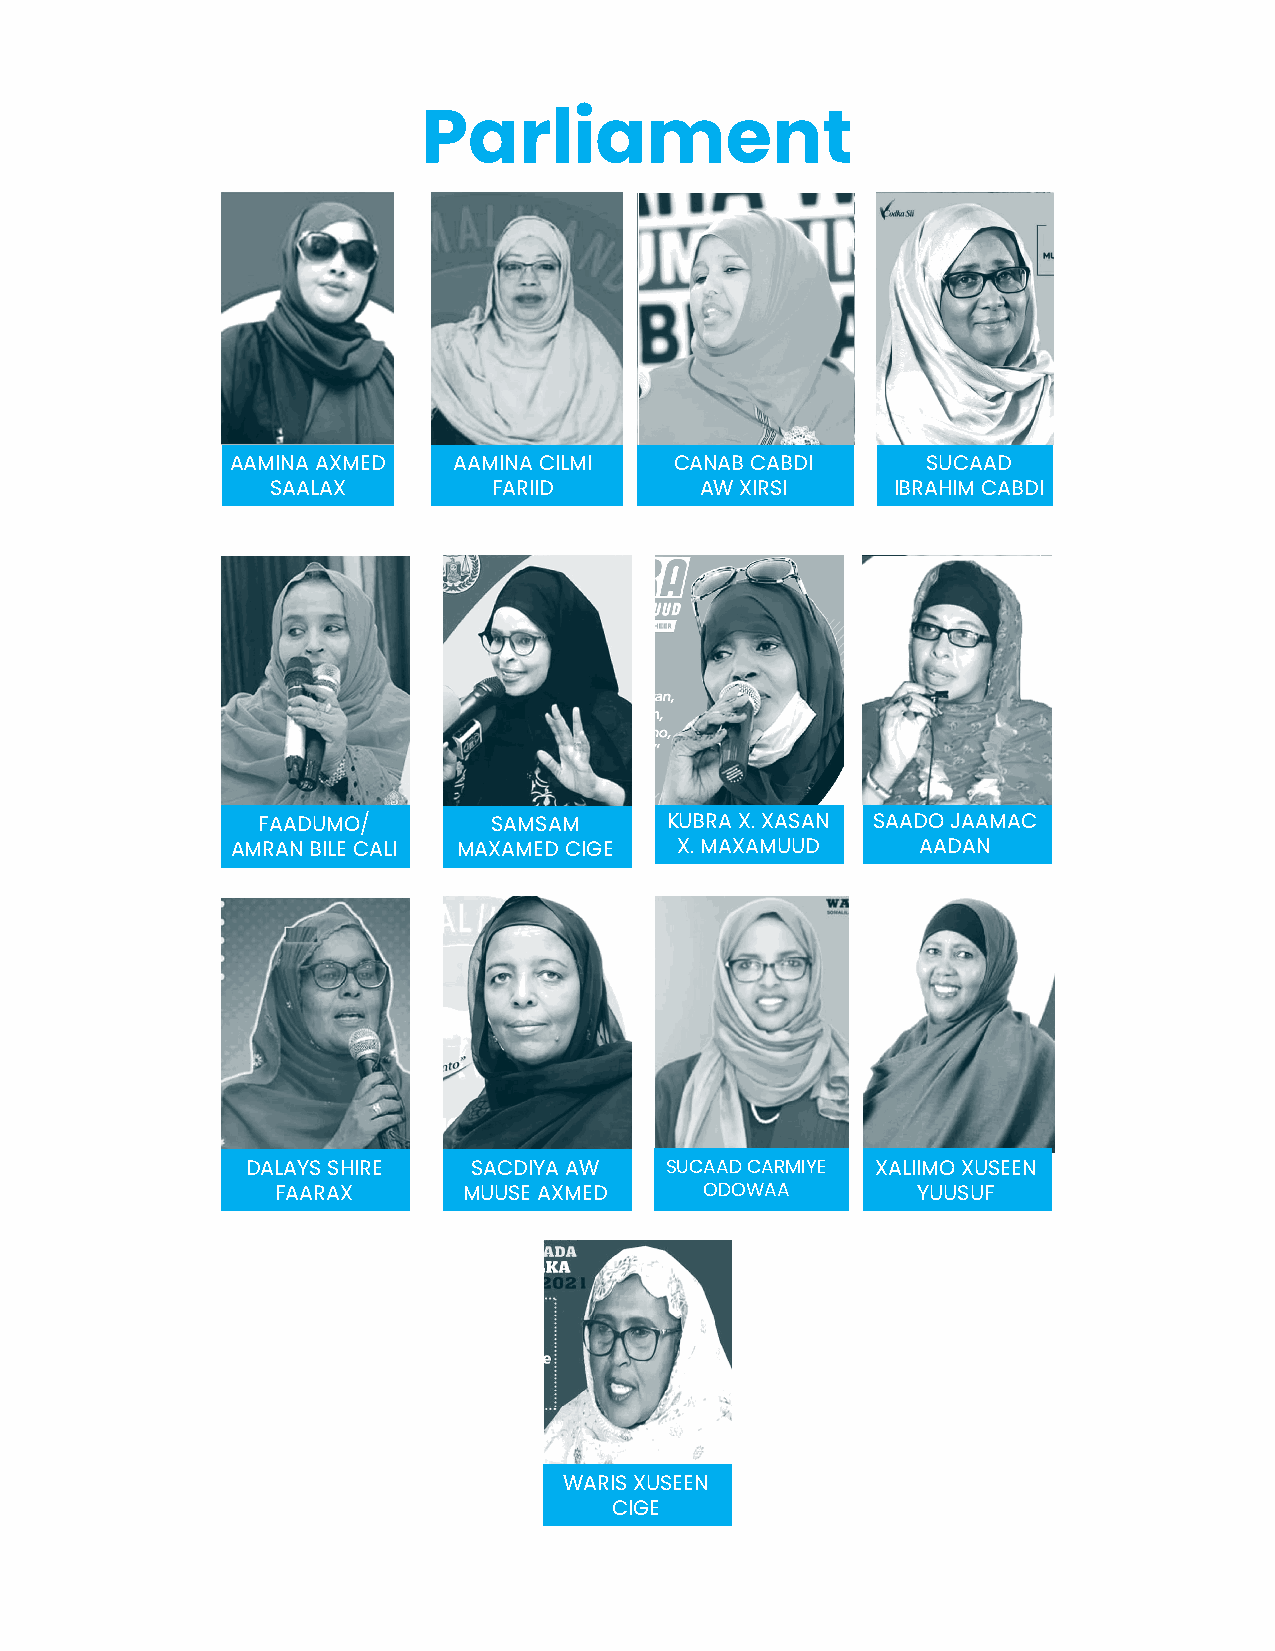
Parliament
 AAMINA AXMED   AAMINA CILMI   CANAB CABDI     SUCAAD
 SAALAX         FARIID       AW XIRSI     IBRAHIM CABDI
 FAADUMO/        SAMSAM     KUBRA X. XASAN SAADO JAAMAC
 AMRAN BILE CALI MAXAMED CIGE  X. MAXAMUUD     AADAN
 DALAYS SHIRE   SACDIYA AW   SUCAAD CARMIYE XALIIMO XUSEEN
 FAARAX       MUUSE AXMED     ODOWAA        YUUSUF
 WARIS XUSEEN
 CIGE